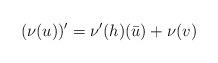
LaTeX: \begin{align*}(\nu(u))'=\nu'(h) (\bar u) + \nu(v)\end{align*}